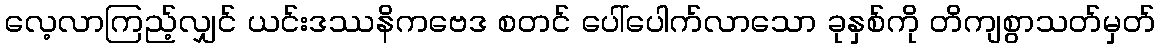
လေ့လာကြည့်လျှင် ယင်းဒဿနိကဗေဒ စတင် ပေါ်ပေါက်လာသော ခုနှစ်ကို တိကျစွာသတ်မှတ်